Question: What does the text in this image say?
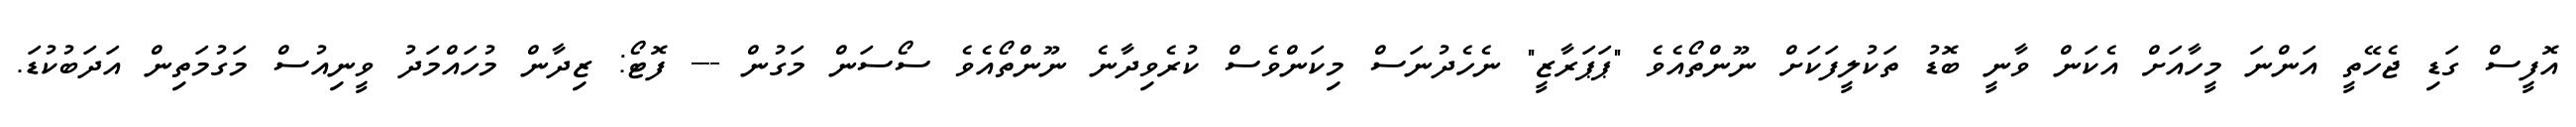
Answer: އޮފީސް ގަޑި ޖެހޭތީ އަންނަ މީހާއަށް އެކަން ވާނީ ބޮޑު ތަކުލީފަކަށް ނޫންތޯއެވެ "ޕަޕަރާޒީ" ނެހެދުނަސް މިކަންވެސް ކުރެވިދާނެ ނޫންތޯއެވެ ސޯސަން މަގުން --- ފޮޓޯ: ޒިދާން މުހައްމަދު ވީނިއުސް މަގުމަތިން އަދަބުކުޑަ.